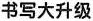
书写大升级